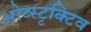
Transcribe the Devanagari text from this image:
ओब्स्टृक्टिव